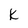
Character: k